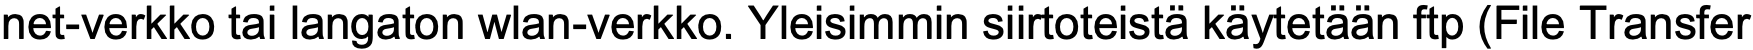
net-verkko tai langaton wlan-verkko. Yleisimmin siirtoteistä käytetään ftp (File Transfer